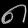
Digit: ၈